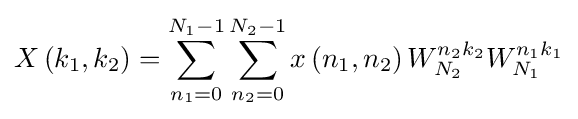
X\left(k_{1},k_{2}\right)=\sum _{n_{1}=0}^{N_{1}-1}\sum _{n_{2}=0}^{N_{2}-1}x\left(n_{1},n_{2}\right)W_{N_{2}}^{n_{2}k_{2}}W_{N_{1}}^{n_{1}k_{1}}